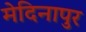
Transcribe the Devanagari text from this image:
मेदिनापुर